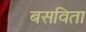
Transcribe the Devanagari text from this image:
बसविता